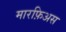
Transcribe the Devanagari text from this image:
मारफ़िअस